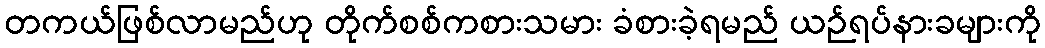
တကယ်ဖြစ်လာမည်ဟု တိုက်စစ်ကစားသမား ခံစားခဲ့ရမည် ယဉ်ရပ်နားခများကို